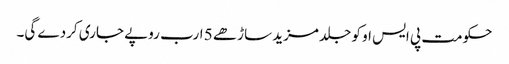
حکومت پی ایس او کو جلد مزید ساڑھے 5 ارب روپے جاری کردے گی۔